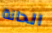
الحانة